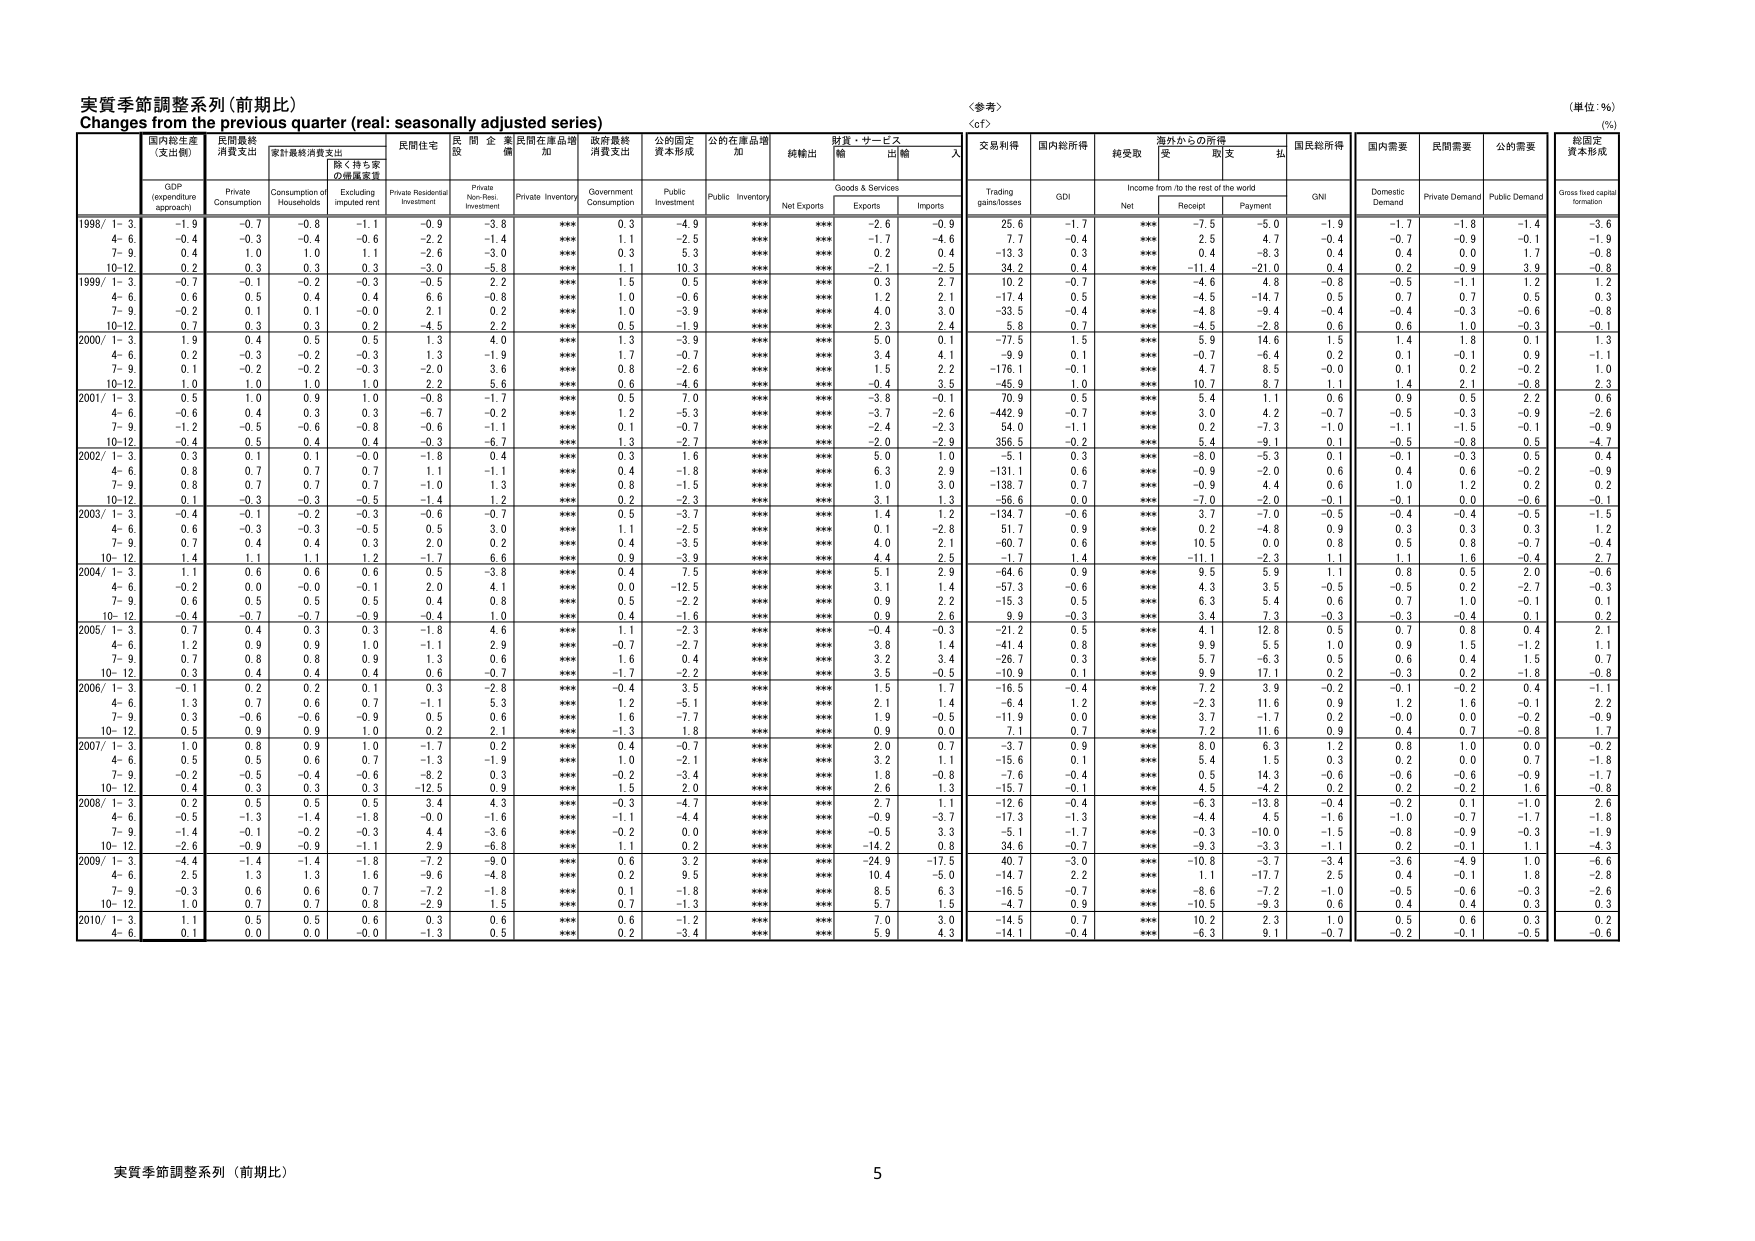
実質季節調整系列（前期比）
Changes from the previous quarter (real: seasonally adjusted series)
<参考>
（単位：％）
（%）
<cf>

国内総生産
（支出側）
GDP
(expenditure
approach)
民間最終
消費支出
Private
Consumption
家計最終消費支出
Consumption of
Households
除く持ち家
の帰属家賃
Excluding
imputed rent
民間住宅
Private Residential
Investment
民間非住宅
投資
Private Non-Resi.
Investment
民間在庫増加
Private Inventory
政府最終
消費支出
Government
Consumption
公的固定
資本形成
Public
Investment
公的在庫増加
Public Inventory
純輸出
Net Exports
財貨・サービス
輸出
Exports
輸入
Imports
交易利得
Trading
gains/losses
国内総所得
GDI
純受取
Net
海外からの所得
Income from /to the rest of the world
受取
Receipt
支払
Payment
国民総所得
GNI
国内需要
Domestic
Demand
民間需要
Private Demand
公的需要
Public Demand
総固定
資本形成
Gross fixed capital
formation

1998/ 1- 3
-1.9
-0.7
-0.8
-1.1
-0.9
-3.8
***
0.3
-4.9
***
***
-2.6
-0.9
25.6
-1.7
***
-7.5
-5.0
-1.9
-1.7
-1.8
-1.4
-3.6
4- 6
-0.4
-0.3
-0.4
-0.6
-2.2
-1.4
***
1.1
-2.5
***
***
-1.7
-4.6
7.7
-0.4
***
2.5
4.7
-0.4
-0.7
-0.9
-0.1
-1.9
7- 9
0.4
1.0
1.0
1.1
-2.6
-3.0
***
0.3
5.3
***
***
0.2
0.4
-13.3
0.3
***
0.4
-8.3
0.4
0.4
0.0
1.7
-0.8
10-12
0.2
0.3
0.3
0.3
-3.0
-5.8
***
1.1
10.3
***
***
-2.1
-2.5
34.2
0.4
***
-11.4
-21.0
0.4
0.2
-0.9
3.9
-0.8

1999/ 1- 3
-0.7
-0.1
-0.2
-0.3
-0.5
2.2
***
1.5
0.5
***
***
0.3
2.7
10.2
-0.7
***
-4.6
4.8
-0.8
-0.5
-1.1
1.2
1.2
4- 6
0.6
0.5
0.4
0.4
6.6
-0.8
***
1.0
-0.6
***
***
1.2
2.1
-17.4
0.5
***
-4.5
-14.7
0.5
0.7
0.7
0.5
0.3
7- 9
-0.2
0.1
0.1
-0.0
2.1
0.2
***
1.0
-3.9
***
***
4.0
3.0
-33.5
-0.4
***
-4.8
-9.4
-0.4
-0.4
-0.3
-0.6
-0.8
10-12
0.7
0.3
0.3
0.2
-4.5
2.2
***
0.5
-1.9
***
***
2.3
2.4
5.8
0.7
***
-4.5
-2.8
0.6
0.6
1.0
-0.3
-0.1

2000/ 1- 3
1.9
0.4
0.5
0.5
1.3
4.0
***
1.3
-3.9
***
***
5.0
0.1
-77.5
1.5
***
5.9
14.6
1.5
1.4
1.8
0.1
1.3
4- 6
0.2
-0.3
-0.2
-0.3
1.3
-1.9
***
1.7
-0.7
***
***
3.4
4.1
-9.9
0.1
***
-0.7
-6.4
0.2
0.1
-0.1
0.9
-1.1
7- 9
0.1
-0.2
-0.2
-0.3
-2.0
3.6
***
0.8
-2.6
***
***
1.5
2.2
-176.1
-0.1
***
4.7
8.5
-0.0
0.1
0.2
-0.2
1.0
10-12
1.0
1.0
1.0
1.0
2.2
5.6
***
0.6
-4.6
***
***
-0.4
3.5
-45.9
1.0
***
10.7
8.7
1.1
1.4
2.1
-0.8
2.3

2001/ 1- 3
0.5
1.0
0.9
1.0
-0.8
-1.7
***
0.5
7.0
***
***
-3.8
-0.1
70.9
0.5
***
5.4
1.1
0.6
0.9
0.5
2.2
0.6
4- 6
-0.6
0.4
0.3
0.3
-6.7
-0.2
***
1.2
-5.3
***
***
-3.7
-2.6
-442.9
-0.7
***
-0.7
4.2
-0.7
-0.5
-0.3
-0.9
-2.6
7- 9
-1.2
-0.5
-0.6
-0.8
-0.6
-1.1
***
0.1
-0.7
***
***
-2.4
-2.3
54.0
-1.1
***
0.2
-7.3
-1.0
-1.1
-1.5
-0.1
-0.9
10-12
-0.4
0.5
0.4
0.4
-0.3
-6.7
***
1.3
-2.7
***
***
-2.0
-2.9
356.5
-0.2
***
5.4
-9.1
0.1
-0.5
-0.8
0.5
-4.7

2002/ 1- 3
0.3
0.1
0.1
-0.0
-1.8
0.4
***
0.3
1.6
***
***
5.0
1.0
-5.1
0.3
***
-8.0
-5.3
0.1
-0.1
-0.3
0.5
0.4
4- 6
0.8
0.7
0.7
0.7
1.1
-1.1
***
0.4
-1.8
***
***
6.3
2.9
-131.1
0.6
***
-0.9
-2.0
0.6
0.4
0.6
-0.2
-0.9
7- 9
0.8
0.7
0.7
0.7
-1.0
1.3
***
0.8
-1.5
***
***
1.0
3.0
-138.7
0.7
***
-0.9
4.4
0.6
1.0
1.2
0.2
0.2
10-12
0.1
-0.3
-0.3
-0.5
-1.4
1.2
***
0.2
-2.3
***
***
3.1
1.3
-56.6
0.0
***
-7.0
-2.0
-0.1
-0.1
0.0
-0.6
-0.1

2003/ 1- 3
-0.4
-0.1
-0.2
-0.3
-0.6
-0.7
***
0.5
-3.7
***
***
1.4
1.2
-134.7
-0.6
***
3.7
-7.0
-0.5
-0.4
-0.4
-0.5
-1.5
4- 6
0.6
-0.3
-0.3
-0.5
0.5
3.0
***
1.1
-2.5
***
***
0.1
-2.8
51.7
0.9
***
0.2
-4.8
0.9
0.3
0.3
0.3
1.2
7- 9
0.7
0.4
0.4
0.3
2.0
0.2
***
0.4
-3.5
***
***
4.0
2.1
-60.7
0.6
***
10.5
0.0
0.8
0.5
0.8
-0.7
-0.4
10- 12
1.4
1.1
1.1
1.2
-1.7
6.6
***
0.9
-3.9
***
***
4.4
2.5
-1.7
1.4
***
-11.1
-2.3
1.1
1.1
1.6
2.0
-0.6

2004/ 1- 3
1.1
0.6
0.6
0.6
0.5
-3.8
***
0.4
7.5
***
***
5.1
2.9
-64.6
0.9
***
9.5
5.9
1.1
0.8
0.5
2.0
-0.6
4- 6
-0.2
0.0
-0.0
-0.1
2.0
4.1
***
0.0
-12.5
***
***
3.1
1.4
-57.3
-0.6
***
4.3
3.5
-0.5
-0.5
0.2
-2.7
-0.3
7- 9
0.6
0.5
0.5
0.5
0.4
0.8
***
0.5
-2.2
***
***
0.9
2.2
-15.3
0.5
***
6.3
5.4
0.6
0.7
1.0
-0.1
0.1
10- 12
-0.4
-0.7
-0.7
-0.9
-0.4
1.0
***
0.4
-1.6
***
***
0.9
2.6
9.9
-0.3
***
3.4
7.3
-0.3
-0.3
-0.4
0.1
0.2

2005/ 1- 3
0.7
0.4
0.3
0.3
-1.8
4.6
***
1.1
-2.3
***
***
-0.4
-0.3
-21.2
0.5
***
4.1
12.8
0.5
0.7
0.8
0.4
2.1
4- 6
1.2
0.9
0.9
1.0
-1.1
2.9
***
-0.7
-2.7
***
***
3.8
1.4
-41.4
0.8
***
9.9
5.5
1.0
0.9
1.5
-1.2
1.1
7- 9
0.7
0.8
0.8
0.9
1.3
0.6
***
1.6
0.4
***
***
3.2
3.4
-26.7
0.3
***
5.7
-6.3
0.5
0.6
0.4
1.5
0.7
10- 12
0.3
0.4
0.4
0.4
0.6
-0.7
***
-1.7
-2.2
***
***
3.5
-0.5
-10.9
0.1
***
9.9
17.1
0.2
-0.3
0.2
-1.8
-0.8

2006/ 1- 3
-0.1
0.2
0.2
0.1
0.3
-2.8
***
-0.4
3.5
***
***
1.5
1.7
-16.5
-0.4
***
7.2
3.9
-0.2
-0.1
-0.2
0.4
-1.1
4- 6
1.3
0.7
0.6
0.7
-1.1
5.3
***
1.2
-5.1
***
***
2.1
1.4
-6.4
1.2
***
-2.3
11.6
0.9
1.2
1.6
-0.1
2.2
7- 9
0.3
-0.6
-0.6
-0.9
0.5
0.6
***
1.6
-7.7
***
***
1.9
-0.5
-11.9
0.0
***
3.7
-1.7
0.2
-0.0
0.0
-0.2
-0.9
10- 12
0.5
0.9
0.9
1.0
0.2
2.1
***
-1.3
1.8
***
***
0.9
0.0
7.1
0.7
***
7.2
11.6
0.9
0.4
0.7
-0.8
1.7

2007/ 1- 3
1.0
0.8
0.9
1.0
-1.7
0.2
***
0.4
-0.7
***
***
2.0
0.7
-3.7
0.9
***
8.0
6.3
1.2
0.8
1.0
0.0
-0.2
4- 6
0.5
0.5
0.6
0.7
-1.3
-1.9
***
1.0
-2.1
***
***
3.2
1.1
-15.6
0.1
***
5.4
1.5
0.3
0.2
0.0
0.7
-1.8
7- 9
-0.2
-0.5
-0.4
-0.6
-8.2
0.3
***
-0.2
-3.4
***
***
1.8
-0.8
-7.6
-0.4
***
0.5
14.3
-0.6
-0.6
-0.6
-0.9
-1.7
10- 12
0.4
0.3
0.3
0.3
-12.5
0.9
***
1.5
2.0
***
***
2.6
1.3
-15.7
-0.1
***
4.5
-4.2
0.2
0.2
-0.2
1.6
-0.8

2008/ 1- 3
0.2
0.5
0.5
0.5
3.4
4.3
***
-0.3
-4.7
***
***
2.7
1.1
-12.6
-0.4
***
-6.3
-13.8
-0.4
-0.2
0.1
-1.0
2.6
4- 6
-0.5
-1.3
-1.4
-1.8
-0.0
-1.6
***
-1.1
-4.4
***
***
-0.9
-3.7
-17.3
-1.3
***
-4.4
4.5
-1.6
-1.0
-0.7
-1.7
-1.8
7- 9
-1.4
-0.1
-0.2
-0.3
4.4
-3.6
***
-0.2
0.0
***
***
-0.5
3.3
-5.1
-1.7
***
-0.3
-10.0
-1.5
-0.8
-0.9
-0.3
-1.9
10- 12
-2.6
-0.9
-0.9
-1.1
2.9
-6.8
***
1.1
0.2
***
***
-14.2
0.8
34.6
-0.7
***
-9.3
-3.3
-1.1
0.2
-0.1
1.1
-4.3

2009/ 1- 3
-4.4
-1.4
-1.4
-1.8
-7.2
-9.0
***
0.6
3.2
***
***
-24.9
-17.5
40.7
-3.0
***
-10.8
-3.7
-3.4
-3.6
-4.9
1.0
-6.6
4- 6
2.5
1.3
1.3
1.6
-9.6
-4.8
***
0.2
9.5
***
***
10.4
-5.0
-14.7
2.2
***
1.1
-17.7
2.5
0.4
-0.1
1.8
-2.8
7- 9
-0.3
0.6
0.6
0.7
-7.2
-1.8
***
0.1
-1.8
***
***
8.5
6.3
-16.5
-0.7
***
-8.6
-7.2
-1.0
-0.5
-0.6
-0.3
-2.6
10- 12
1.0
0.7
0.7
0.8
-2.9
1.5
***
0.7
-1.3
***
***
5.7
1.5
-4.7
0.9
***
-10.5
-9.3
0.6
0.4
0.4
0.3
0.3

2010/ 1- 3
1.1
0.5
0.5
0.6
0.3
0.6
***
0.6
-1.2
***
***
7.0
3.0
-14.5
0.7
***
10.2
2.3
1.0
0.5
0.6
0.3
0.2
4- 6
0.1
0.0
0.0
-0.0
-1.3
0.5
***
0.2
-3.4
***
***
5.9
4.3
-14.1
-0.4
***
-6.3
9.1
-0.7
-0.2
-0.1
-0.5
-0.6

実質季節調整系列（前期比）
5